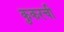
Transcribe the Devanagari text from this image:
कुकरची